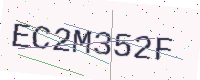
Text: EC2M352F